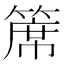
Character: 𥱊